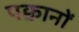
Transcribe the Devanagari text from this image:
पक्वानों